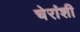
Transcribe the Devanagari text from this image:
चेरांशी